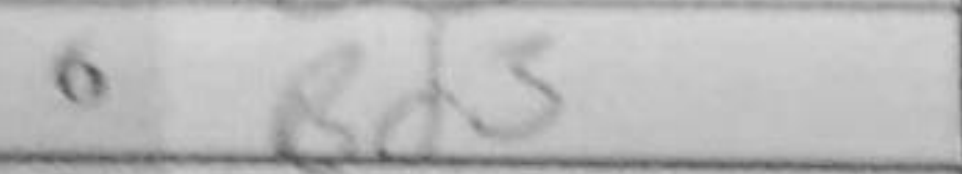
Transcription: Bd3